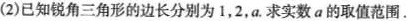
(2) 已知锐角三角形的边长分别为 1，2，a. 求实数 a 的取值范围。